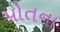
પોતના